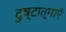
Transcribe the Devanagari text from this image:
दुष्टात्माएँ